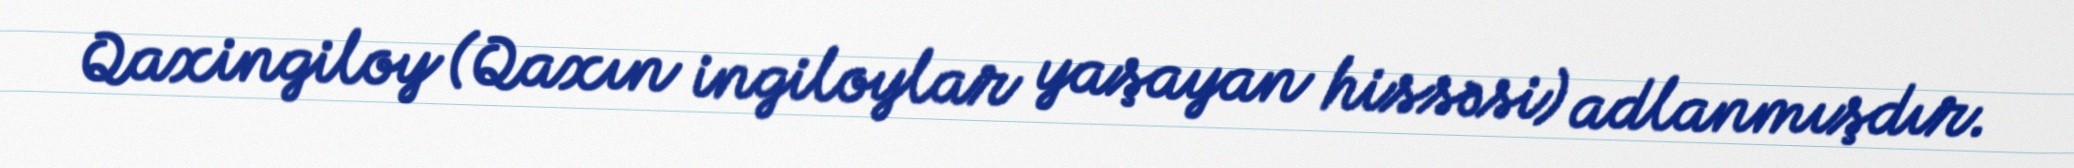
Qaxingiloy (Qaxın ingiloylar yaşayan hissəsi) adlanmışdır.